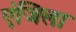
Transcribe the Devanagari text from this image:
एंजिला